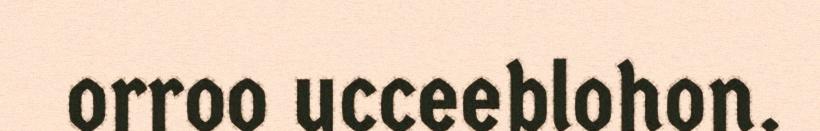
orroo ucceeblohon.